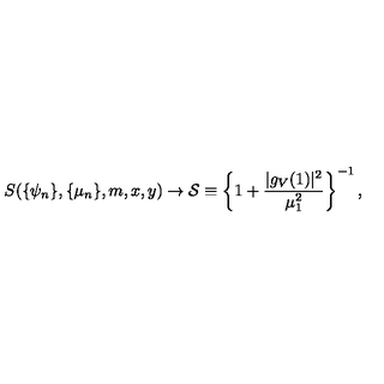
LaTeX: S ( \{ \psi _ { n } \} , \{ \mu _ { n } \} , m , x , y ) \rightarrow { \cal S } \equiv \left\{ 1 + \frac { | g _ { V } ( 1 ) | ^ { 2 } } { \mu _ { 1 } ^ { 2 } } \right\} ^ { - 1 } ,